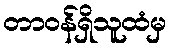
တာဝန်ရှိသူထံမှ